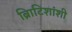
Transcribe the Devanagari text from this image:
ब्रिाटिशांशी